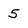
Character: 5